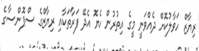
ރިޔާޒް ހަވާލުކޮށް ދެއްވަނީ މީގެ އިތުރުން ހެޔޮ އެދޭ ފަރާތަކާއި ރިޔާޒްގެ ސްޕޮންސާގެ